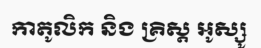
កាតូលិក និង គ្រិស្ត អូស្សូ